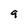
Character: 9